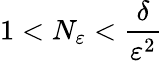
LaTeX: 1<N_{\varepsilon}<\frac{\delta}{\varepsilon^{2}}